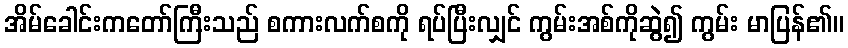
အိမ်ခေါင်းကတော်ကြီးသည် စကားလက်စကို ရပ်ပြီးလျှင် ကွမ်းအစ်ကိုဆွဲ၍ ကွမ်း မာပြန်၏။